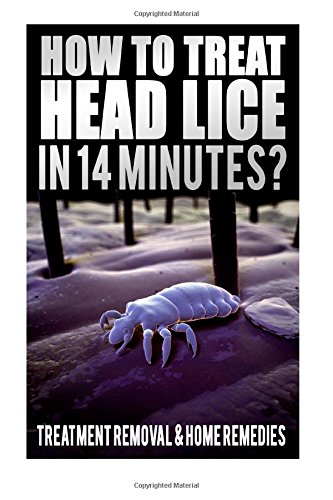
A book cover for How To Treat Head Lice In 14 Minutes: Treatment, Removal, Home Remedies, Hair Lice Shampoo, How To Kill Lice Eggs, Body Lice Nits, How Do You Get, Head Lice Facts Book; Megan James; Health, Fitness & Dieting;